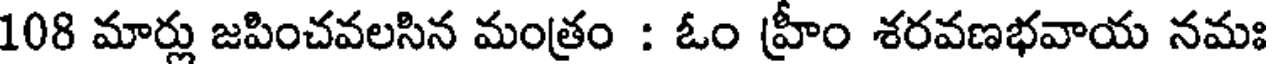
108 మార్లు జపించవలసిన మంత్రం : ఓం హ్రీం శరవణభవాయ నమః